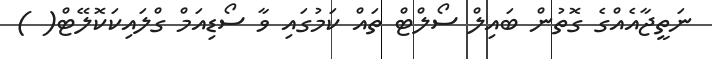
ނަތީޖާއެއްގެ ގޮތުން ބައިލް ސޯލްޓް ތައް ކަމުގައި ވާ ސޯޑިއަމް ގްލައިކަކޮލޭޓް( )